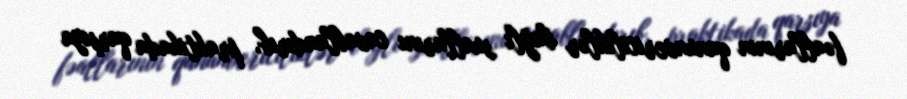
fəallarının qanunvericiliklər bağlı suallarını cavablandırıb, praktikada qarşıya